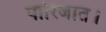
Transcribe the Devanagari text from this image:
पारिजात।